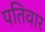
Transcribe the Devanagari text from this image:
पतिवार